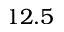
1 2 . 5